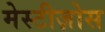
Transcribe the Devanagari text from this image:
मेस्टीज़ोस